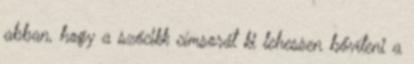
abban, hogy a szócikk címsorát ki lehessen bővíteni a